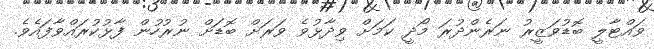
ވައްޓާލީ ބޮޑުވަޒީރު ނަރެންދުރަ މޯދީ ކަމަށް ވިދާޅުވެ ވަރަށް ބޮޑަށް ނުރުހުން ފާޅުކުރައްވާފައެވެ.